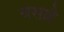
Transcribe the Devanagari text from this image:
वसाहै